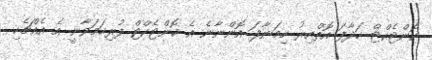
ކޮންޓެކްޓް ހަދާފަ އޮތްއިރު ހިމަނާފަ އޮންނާނެ އެ ކޮންޓެކްޓް ފުރިހަމަވާނީ އެ އެއްޗެހި